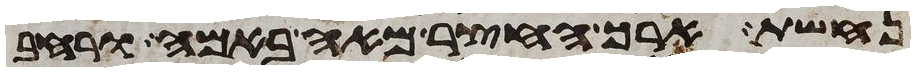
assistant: נחשת ארך החצר מאה באמה ורחב